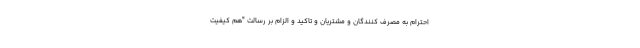
احترام به مصرف کنندگان و مشتریان و تاکید و الزام بر رسالت "هم کیفیت